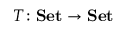
T \colon \mathbf { S e t } \to \mathbf { S e t }